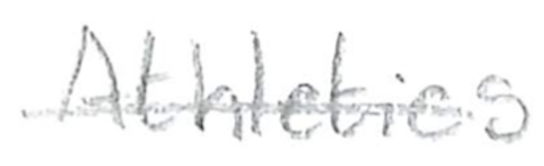
Text: Athletics
Cross-out: single-line
Writing tool: pencil